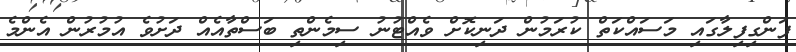
ފަންގިފިލާގައި މަސައްކަތް ކުރަމުން ދަނިކޮށް ވެއްޓުނު ސިމެންތި ބަސްތާއެއް ދަށުވެ އުމުރުން އެންމެ